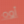
أوه